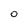
Character: O